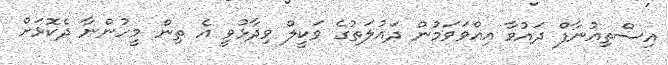
އިސްތިއުނާފް ދައުވާ އިއްވަވަމުން ދައުލަތުގެ ވަކީލް ވިދާޅުވީ އެ ތިން މީހުންނާ ދެކޮޅަށް